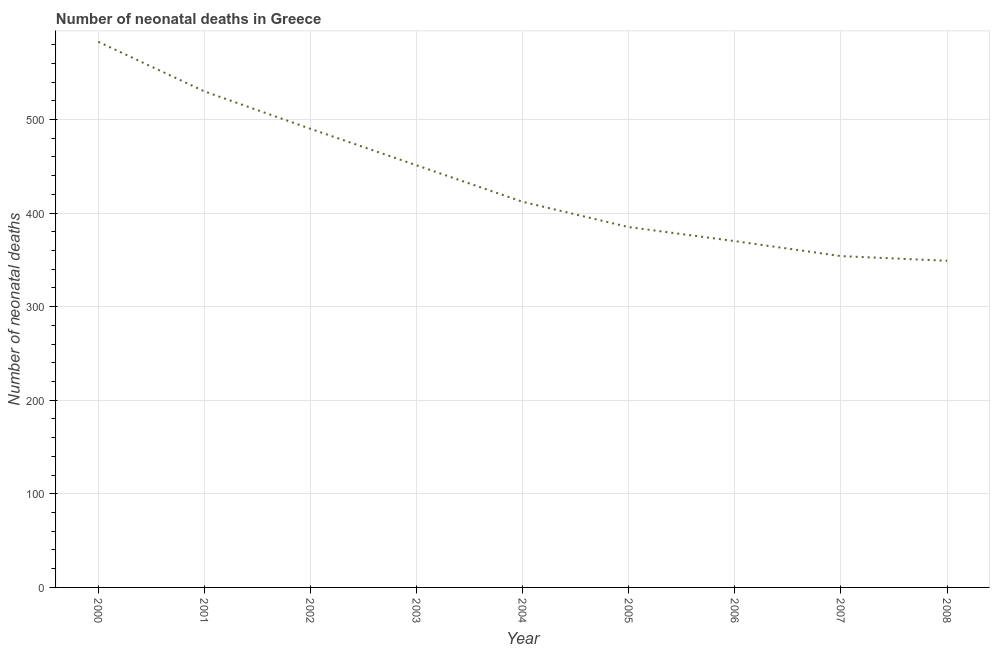
| Year | Neonatal deaths |
 | --- | --- |
 | 2000 | 583 |
 | 2001 | 530 |
 | 2002 | 490 |
 | 2003 | 451 |
 | 2004 | 412 |
 | 2005 | 385 |
 | 2006 | 370 |
 | 2007 | 354 |
 | 2008 | 349 |